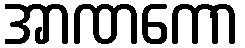
အာဏကော